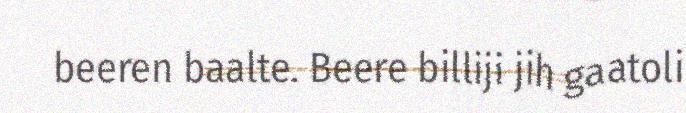
beeren baalte. Beere billiji jih gaatoli